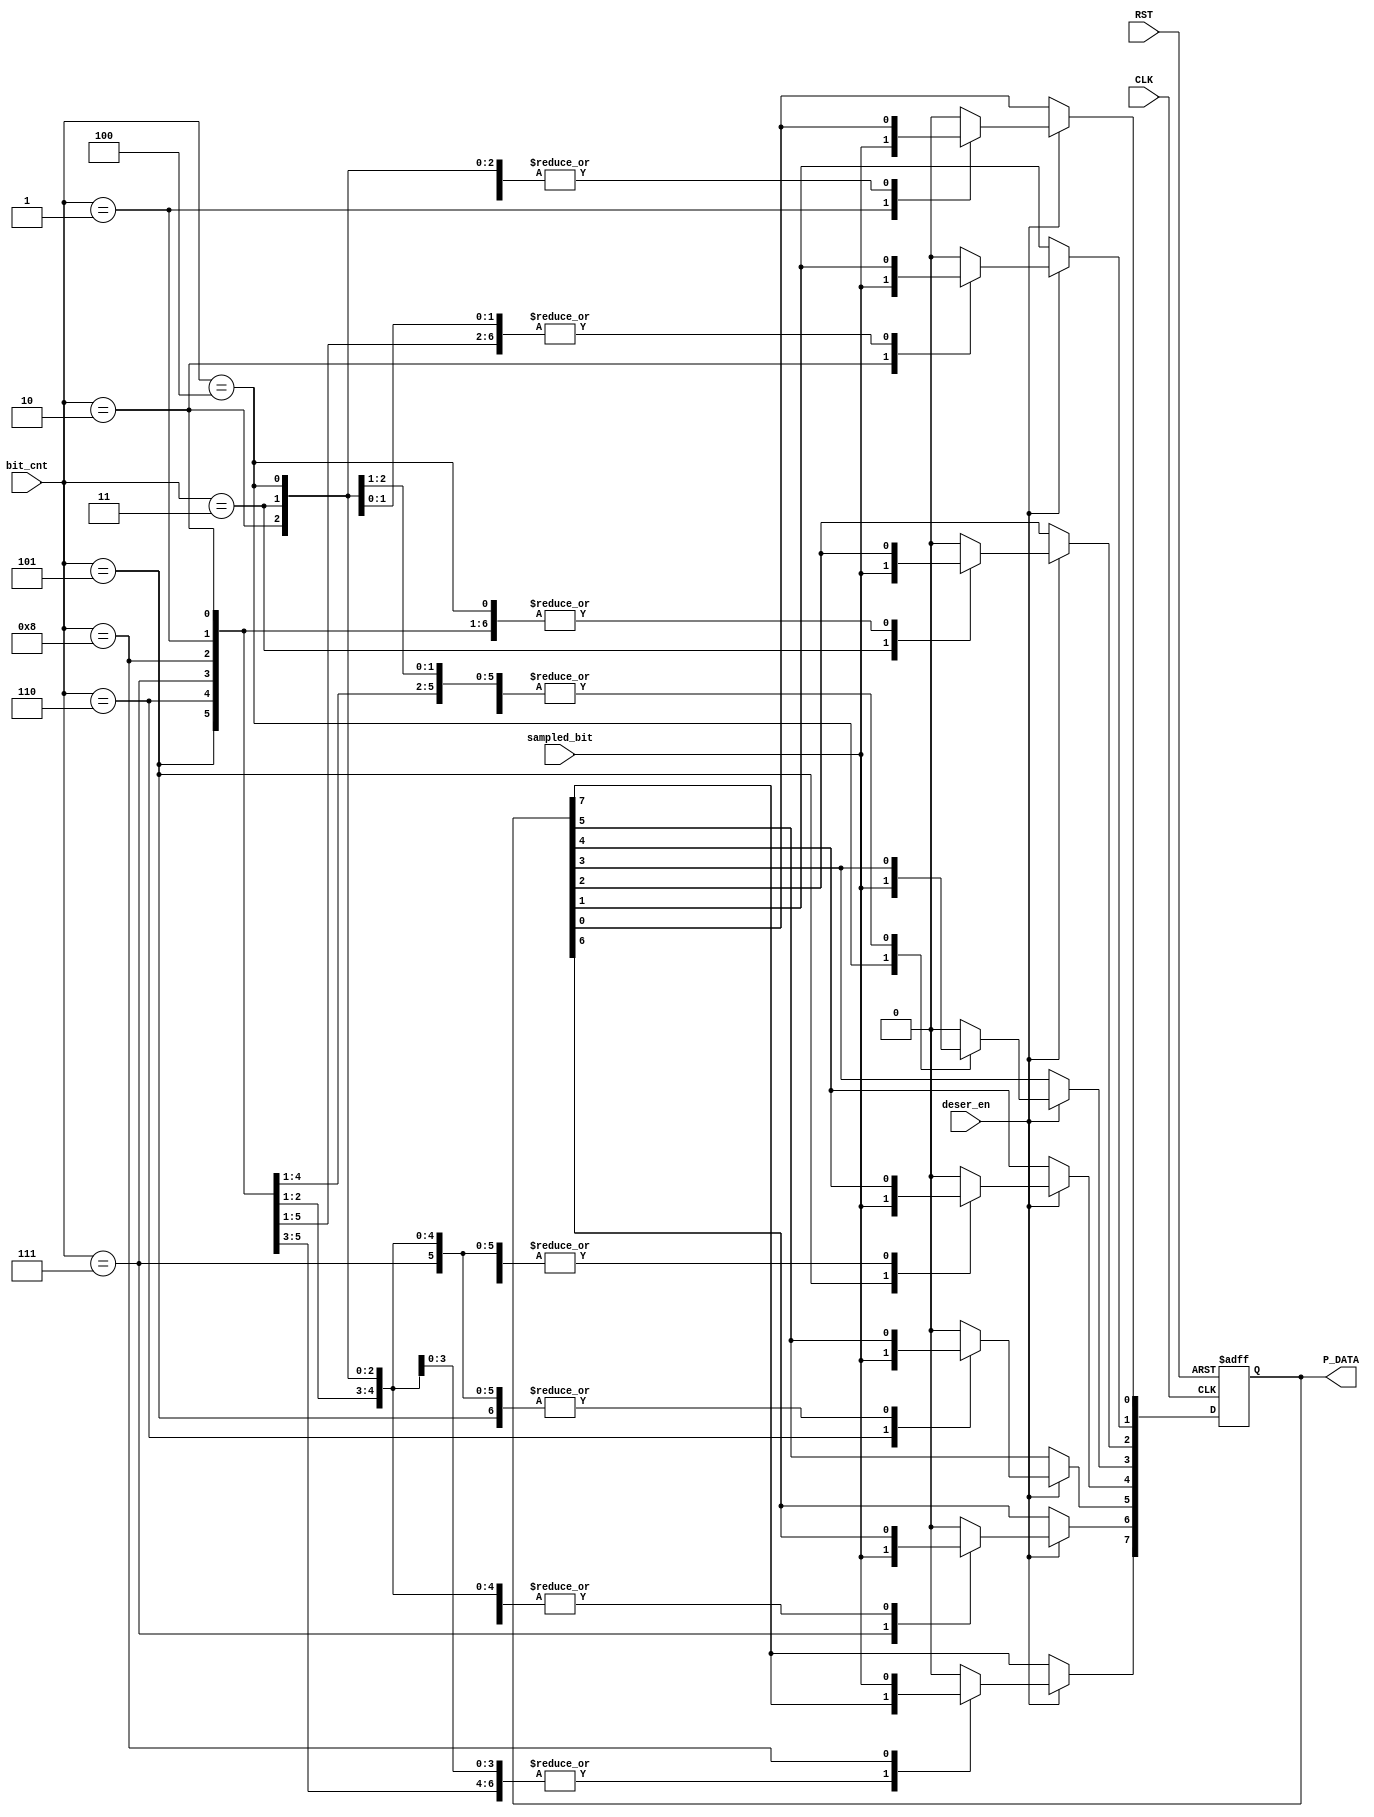
module UART_RX_deserializer (
  input wire       CLK ,
  input wire       RST ,
  input wire       deser_en ,
  input wire       sampled_bit ,
  input wire [4:0] bit_cnt ,
  output reg [7:0] P_DATA
  );


always @ (posedge CLK or negedge RST)
begin
  if(!RST)
    P_DATA <= 0 ;
  else
    begin
      if ( deser_en == 1 )
      begin
        case (bit_cnt)  
        'b001 : begin
               P_DATA[0] <=  sampled_bit ;
            end
        'b010 : begin
               P_DATA[1] <=  sampled_bit ;
            end
        'b011 : begin
               P_DATA[2] <=  sampled_bit ;
            end
        'b100 : begin
               P_DATA[3] <=  sampled_bit ;
            end
        'b101 : begin
               P_DATA[4] <=  sampled_bit ;
            end
        'b110 : begin
               P_DATA[5] <=  sampled_bit ;
            end
        'b111 : begin
               P_DATA[6] <=  sampled_bit ;
            end
        'b1000 : begin
               P_DATA[7] <=  sampled_bit ;
            end
        default : begin
               P_DATA <=  0 ;
            end
    endcase
  end
end
end


/* counter_deserializer Logic */
/*
always @ (posedge CLK or negedge RST)
begin
  if (!RST)
  begin
    counter_deserializer <= 0 ;
  end
  else if ( deser_en == 1 )
    begin
      if(counter_deserializer == 7) 
        counter_deserializer <= 0 ;
      else
        counter_deserializer <= counter_deserializer + 1;
    end
end
*/

endmodule

/*
module deserializer (
  input wire       CLK ,
  input wire       RST ,
  input wire       deser_en ,
  input wire       sampled_bit ,
  input wire [4:0] Prescale ,
  input wire [4:0] bit_cnt ,
  input wire [4:0] edge_cnt ,
  output reg [7:0] P_DATA
  );


always @ (posedge CLK or negedge RST)
begin
  if(!RST)
    P_DATA <= 1 ;
  else
    begin
      if ( deser_en == 1 && edge_cnt == (Prescale/2 +  2) )
      begin
        case (bit_cnt)  
          'b001 : begin
               P_DATA[0] <=  sampled_bit ;
              end
          'b010 : begin
               P_DATA[1] <=  sampled_bit ;
              end
          'b011 : begin
               P_DATA[2] <=  sampled_bit ;
              end
          'b100 : begin
               P_DATA[3] <=  sampled_bit ;
              end
          'b101 : begin
               P_DATA[4] <=  sampled_bit ;
              end
          'b110 : begin
               P_DATA[5] <=  sampled_bit ;
              end
          'b111 : begin
               P_DATA[6] <=  sampled_bit ;
              end
          'b1000 : begin
               P_DATA[7] <=  sampled_bit ;
              end
          default : begin
               P_DATA =  0 ;
              end
      endcase
    end
  end
end

*/
/* counter_deserializer Logic */
/*
always @ (posedge CLK or negedge RST)
begin
  if (!RST)
  begin
    counter_deserializer <= 0 ;
  end
  else if ( deser_en == 1 )
    begin
      if(counter_deserializer == 7) 
        counter_deserializer <= 0 ;
      else
        counter_deserializer <= counter_deserializer + 1;
    end
end
*/

//endmodule